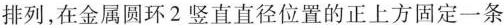
排列，在金属圆环2竖直直径位置的正上方固定一条